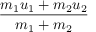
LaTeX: \frac { m _ { 1 } u _ { 1 } + m _ { 2 } u _ { 2 } } { m _ { 1 } + m _ { 2 } }